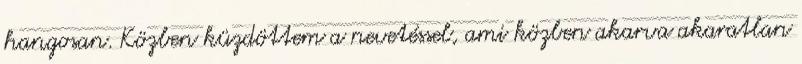
hangosan. Közben küzdöttem a nevetéssel, ami közben akarva akaratlan